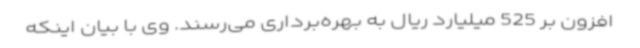
افزون بر 525 میلیارد ریال به بهره‌برداری می‌رسند. وی با بیان اینکه